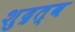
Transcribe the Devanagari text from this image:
शुद्रत्व